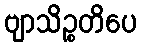
ဗျာသိဉ္စတိပေ